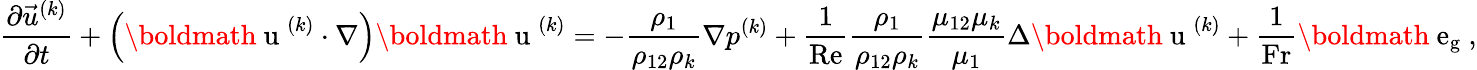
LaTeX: \frac{\partial\vec{u}^{(k)}}{\partial t}+\left({\mathrm{\boldmath~u~}}^{(k)}\cdot\nabla\right){\mathrm{\boldmath~u~}}^{(k)}=-\frac{\rho_{1}}{\rho_{12}\rho_{k}}\nabla p^{(k)}+\frac{1}{\mathrm{Re}}\frac{\rho_{1}}{\rho_{12}\rho_{k}}\frac{\mu_{12}\mu_{k}}{\mu_{1}}\Delta{\mathrm{\boldmath~u~}}^{(k)}+\frac{1}{\mathrm{Fr}}{\mathrm{\boldmath~e_g~}},